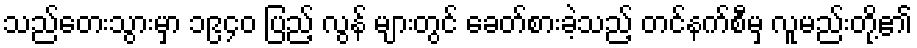
သည်တေးသွားမှာ ၁၉၄၀ ပြည့် လွန် များတွင် ခေတ်စားခဲ့သည့် တင်နက်စီမှ လူမည်းတို့၏